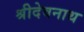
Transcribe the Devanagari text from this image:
श्रीदेवनाथ